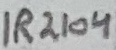
Text: IR2104